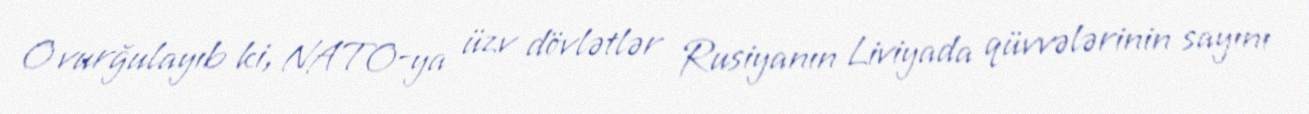
O vurğulayıb ki, NATO-ya üzv dövlətlər Rusiyanın Liviyada qüvvələrinin sayını